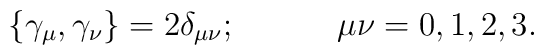
\left \{\gamma_{\mu},\gamma_{\nu}\right \}=2\delta_{\mu \nu}; \hspace{0.5in} \mu \nu=0,1,2,3.